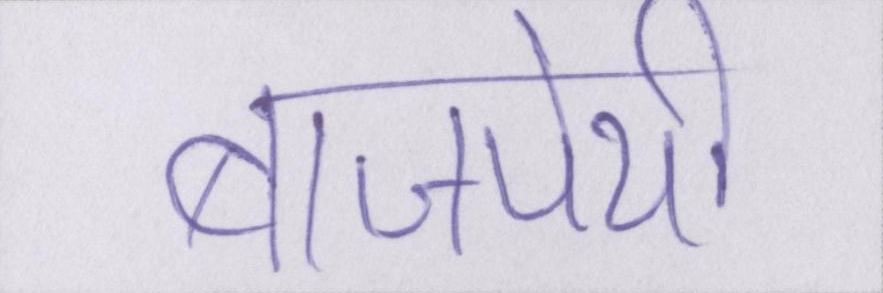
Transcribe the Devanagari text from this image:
बाजपेयी